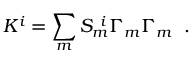
K ^ { i } = \sum _ { m } S _ { m } ^ { ~ i } \Gamma _ { m } \Gamma _ { m } \; \; .